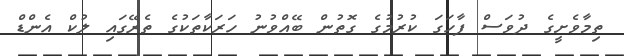
ތިމާވެށީގެ ދުވަސް ފާހަގަ ކުރުމުގެ ގޮތުން ބޭއްވުނު ހަރަކާތަކުގެ ތެރޭގައި ލުކް އެންޑް